Lunatic asylums in Bengal annual reports 1912-1924 - 1912-1924
Year: 1912
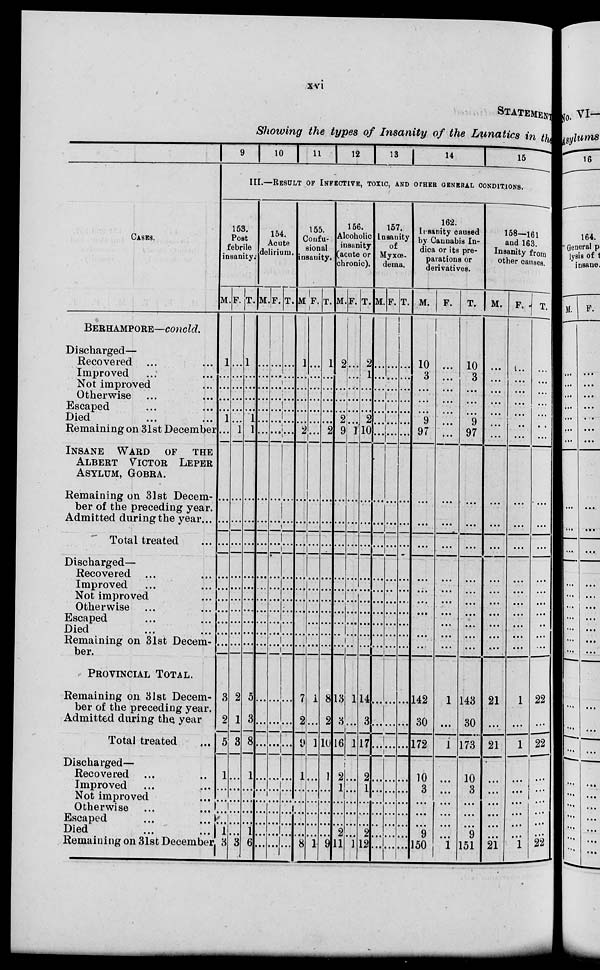
xvi
STATEMENT
Showing the types of Insanity of the Lunatics in the
CASES.
BERHAMPORE—concld.
Discharged—
Recovered ... ...
Improved ... ...
Not improved ...
Otherwise ... ...
Escaped ... ...
Died
... ...
Remaining on 31st December
INSANE WARD OF THE
ALBERT VICTOR LEPER
ASYLUM, GOBRA.
Remaining on 31st Decem-
ber of the preceding year.
Admitted during the year...
Total treated ...
Discharged—
Recovered ... ...
Improved ... ...
Not improved ...
Otherwise ... ...
Escaped ... ...
Died ... ...
Remaining on 31st Decem-
ber.
PROVINCIAL TOTAL.
Remaining on 31st Decem-
ber of the preceding year.
Admitted during the year
Total treated ...
Discharged—
Recovered ... ...
Improved ... ...
Not improved
...
Otherwise ... ...
Escaped ... ...
Died ... ...
Remaining on 31st December
9
10
11
12
13
14
15
III.—RESULT OF INFECTIVE, TOXIC, AND OTHER GENERAL CONDITIONS.
153.
Post
febrile
insanity.
M.
1
...
...
...
...
1
...
...
...
...
...
...
...
...
...
...
...
3
2
5
1
...
...
...
...
1
3
F.
...
...
...
...
...
...
1
...
...
...
...
...
...
...
...
...
...
2
1
3
...
...
...
...
...
...
3
T.
1
...
...
...
...
1
1
...
...
...
...
...
...
...
...
...
...
5
3
8
1
...
...
...
...
1
6
154.
Acute
delirium.
M.
...
...
...
...
...
...
...
...
...
...
...
...
...
...
...
...
...
...
...
...
...
...
...
...
...
...
...
F.
...
...
...
...
...
...
...
...
...
...
...
...
...
...
...
...
...
...
...
...
...
...
...
...
...
...
...
T.
...
...
...
...
...
...
...
...
...
...
...
...
...
...
...
...
...
...
...
...
...
...
...
...
...
...
...
155.
Confu-
sional
insanity.
M.
1
...
...
...
...
...
2
...
...
...
...
...
...
...
...
...
...
7
2
9
1
...
...
...
...
...
8
F.
...
...
...
...
...
...
...
...
...
...
...
...
...
...
...
...
...
1
...
1
...
...
...
...
...
...
1
T.
1
...
...
...
...
...
2
...
...
...
...
...
...
...
...
...
...
8
2
10
1
...
...
...
...
...
9
156.
Alcoholic
insanity
(acute or
chronic).
M.
2
1
...
...
...
2
9
...
...
...
...
...
...
...
...
...
...
13
3
16
2
1
...
...
...
2
11
F.
...
...
...
...
...
...
1
...
...
...
...
...
...
...
...
...
...
1
...
1
...
...
...
...
...
...
1
T.
2
1
...
...
...
2
10
...
...
...
...
...
...
...
...
...
...
14
3
17
2
1
...
...
...
2
12
157.
Insanity
of
Myxœ-
dema.
M.
...
...
...
...
...
...
...
...
...
...
...
...
...
...
...
...
...
...
...
...
...
...
...
...
...
...
...
F.
...
...
...
...
...
...
...
...
...
...
...
...
...
...
...
...
...
...
...
...
...
...
...
...
...
...
...
T.
...
...
...
...
...
...
...
...
...
...
...
...
...
...
...
...
...
...
...
...
...
...
...
...
...
...
...
162.
Insanity caused
by Cannabis In-
dica or its pre-
parations or
derivatives.
M.
10
3
...
...
...
9
97
...
...
...
...
...
...
...
...
...
...
142
30
172
10
3
...
...
...
9
150
F.
...
...
...
...
...
...
...
...
...
...
...
...
...
...
...
...
...
1
...
1
...
...
...
...
...
...
1
T.
10
3
...
...
...
9
97
...
...
...
...
...
...
...
...
...
...
143
30
173
10
3
...
...
...
9
151
158—161
and 163.
Insanity from
other causes.
M.
...
...
...
...
...
...
...
...
...
...
...
...
...
...
...
...
...
21
...
21
...
...
...
...
...
...
21
F.
...
...
...
...
...
...
...
...
...
...
...
...
...
...
...
...
...
1
...
1
...
...
...
...
...
...
1
T.
...
...
...
...
...
...
...
...
...
...
...
...
...
...
...
...
...
22
...
22
...
...
...
...
...
...
22